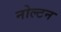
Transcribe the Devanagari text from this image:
नोल्टन